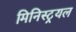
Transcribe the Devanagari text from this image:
मिनिस्ट्रयल